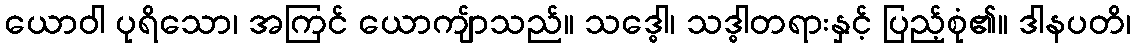
ယောဝါ ပုရိသော၊ အကြင် ယောကျ်ာသည်။ သဒ္ဓေါ၊ သဒ္ဓါတရားနှင့် ပြည့်စုံ၏။ ဒါနပတိ၊